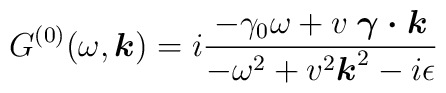
G^{(0)}(\omega, \mbox{\boldmath $k$})  =  i \frac{ - \gamma_{0} \omega+ v \; \mbox{\boldmath $\gamma \cdot k$}}{ - \omega^{2} + v^{2} \mbox{\boldmath $k$}^{2} - i \epsilon }